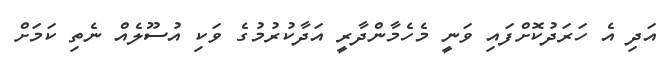
އަދި އެ ހަރަދުކޮށްފައި ވަނީ މެހެމާންދާރީ އަދާކުރުމުގެ ވަކި އުސޫލެއް ނެތި ކަމަށް